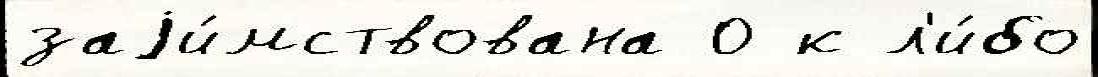
заjи́мствована 0 к л'и́бо